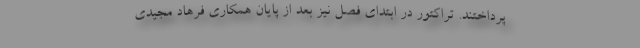
پرداختند. تراکتور در ابتدای فصل نیز بعد از پایان همکاری فرهاد مجیدی